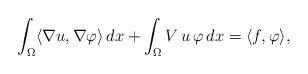
LaTeX: \begin{align*}\int_\Omega\langle\nabla u,\nabla\varphi\rangle\,dx+\int_\Omega V\,u\,\varphi\,dx=\langle f,\varphi\rangle,\end{align*}